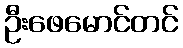
ဦးဖေမောင်တင်